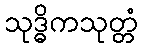
သုဒ္ဓိကသုတ္တံ